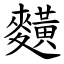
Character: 䵃